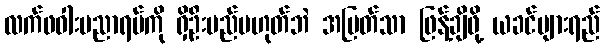
လက်ဖဝါးပညာရပ်ကို ရှိဦးမည်မဟုတ်ဘဲ အမြတ်သာ ဖြန့်ချိဖို့ ယခင်ပျားရည်